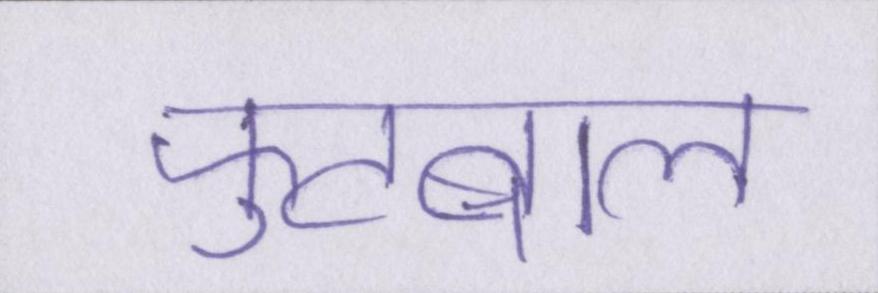
फुटबाल